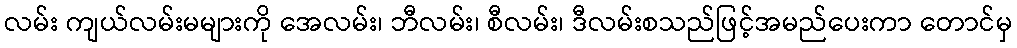
လမ်း ကျယ်လမ်းမများကို အေလမ်း၊ ဘီလမ်း၊ စီလမ်း၊ ဒီလမ်းစသည်ဖြင့်အမည်ပေးကာ တောင်မှ